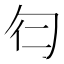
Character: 𠣒